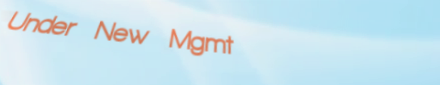
Under New Mgmt